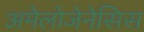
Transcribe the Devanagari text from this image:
अमेलोजेनेसिस